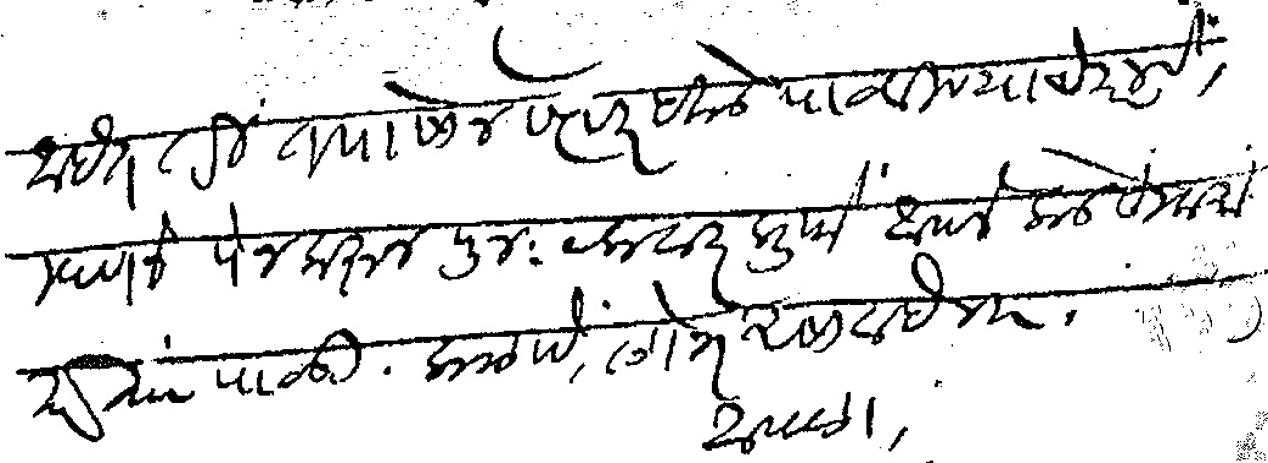
Transliteration (Devanagari): आहेत तरी तपासोन सत्वर इकडे पाठविण्याचे करावे म्हणजे पेजकरून पुन यकवार प्रुफें आपलेकडे हुकमा करिता पाठऊ कळावे लोभ असावा हे वि आपला